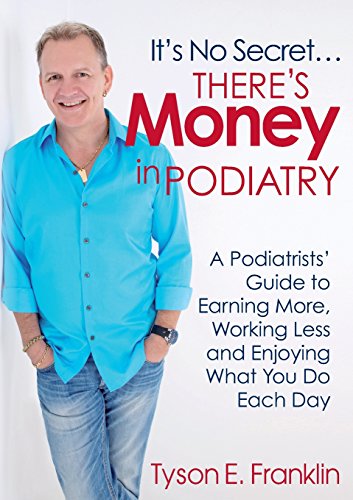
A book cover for It's No Secret...There's Money in Podiatry; Tyson E. Franklin; Medical Books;